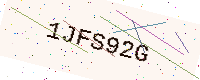
Text: 1JFS92G